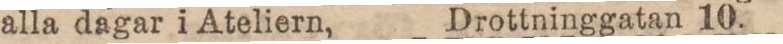
alla dagar i Ateliern, Drottninggatan 10.